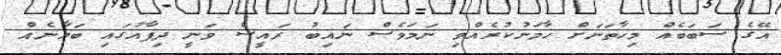
އޭގެ ސަބަބެއް މިހާތަނަށް ހާމަނުކުރެއްވި ނަމަވެސް ނައިބު ރައީސް ވަނީ ދިފާއުގައި ބަޔާނެއް